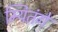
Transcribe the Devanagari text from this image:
म्यितंगे